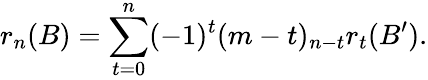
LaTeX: r_{n}(B)=\sum_{t=0}^{n}(-1)^{t}(m-t)_{n-t}r_{t}(B^{\prime}).